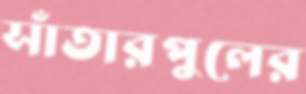
সাঁতারপুলের